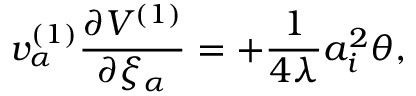
v _ { \alpha } ^ { ( 1 ) } \frac { \partial V ^ { ( 1 ) } } { \partial \xi _ { \alpha } } = + \frac { 1 } { 4 \lambda } a _ { i } ^ { 2 } \theta ,